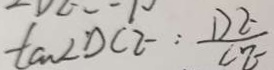
\tan D C E : \frac { D E } { C E }